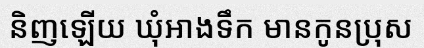
និញឡើយ ឃុំអាងទឹក មានកូនប្រុស